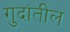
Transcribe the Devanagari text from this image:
गुदांतील